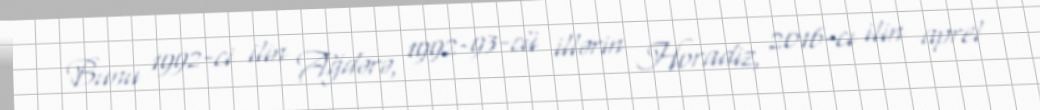
Bunu 1992-ci ilin Ağdərə, 1992-93-cü illərin Horadiz, 2016-cı ilin aprel